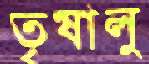
তৃষালু